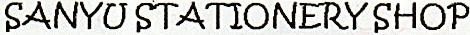
SANYU STATIONERY SHOP